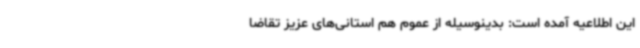
این اطلاعیه آمده است: بدینوسیله از عموم هم استانی‌های عزیز تقاضا